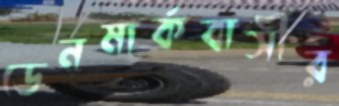
ডেনমার্কবাসীর